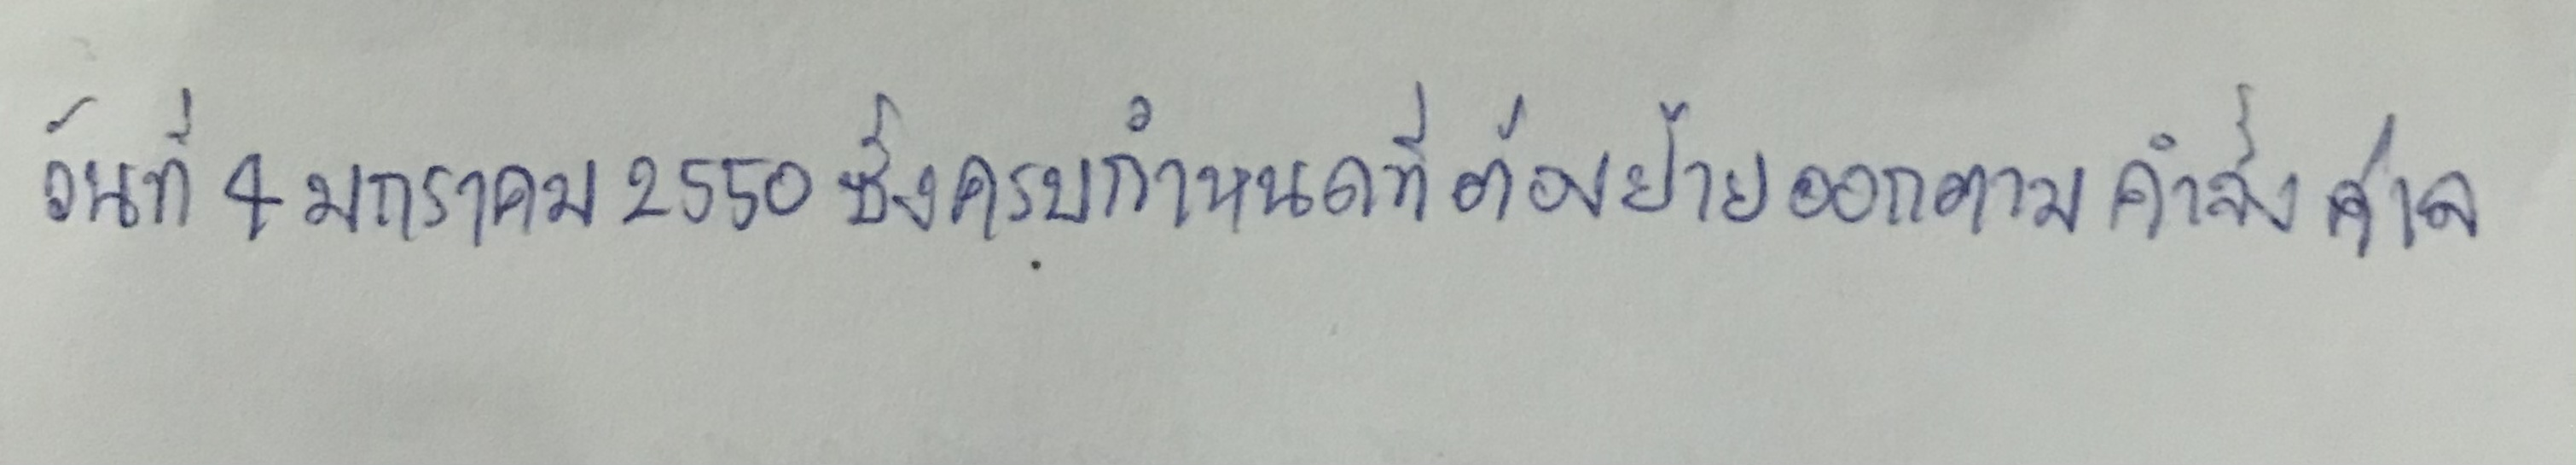
วันที่4มกราคม2550ซึ่งครบกำหนดที่ต้องย้ายออกตามคำสั่งศาล